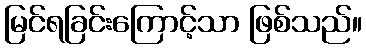
မြင်ရခြင်းကြောင့်သာ ဖြစ်သည်။